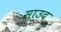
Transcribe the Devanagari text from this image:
साउद